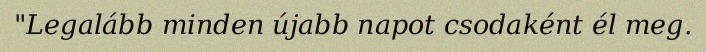
"Legalább minden újabb napot csodaként él meg.